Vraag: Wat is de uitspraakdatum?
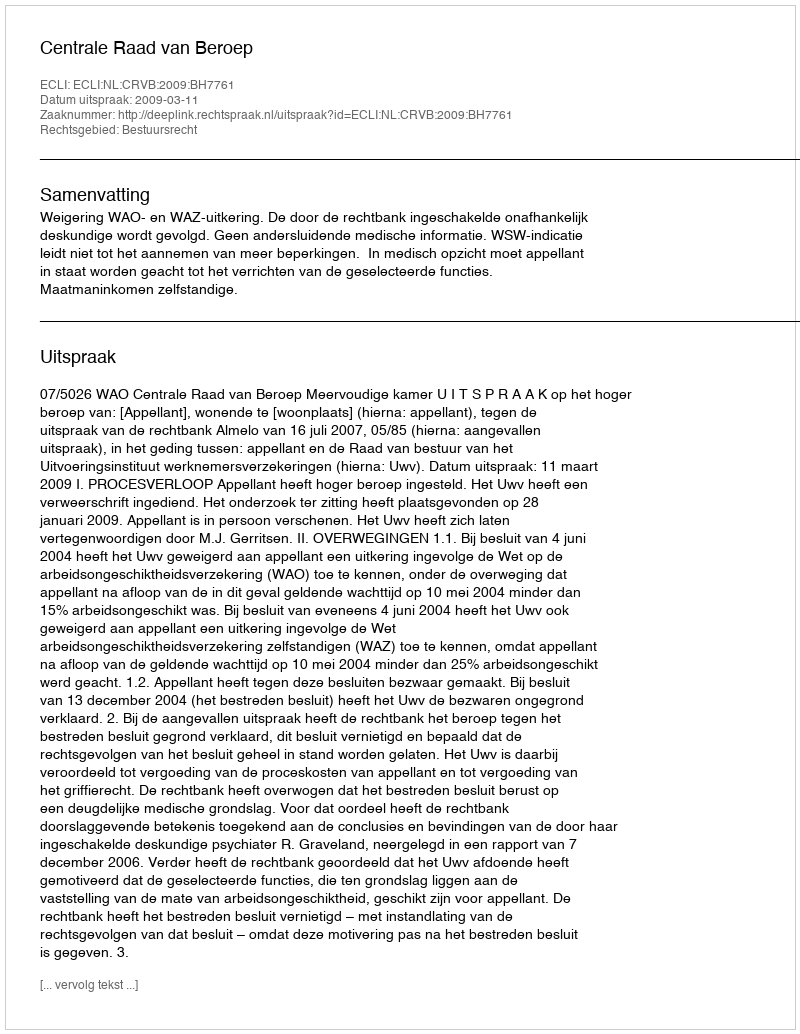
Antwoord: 2009-03-11